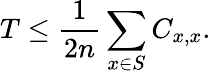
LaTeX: T\leq\frac{1}{2n}\sum_{x\in S}C_{x,x}.